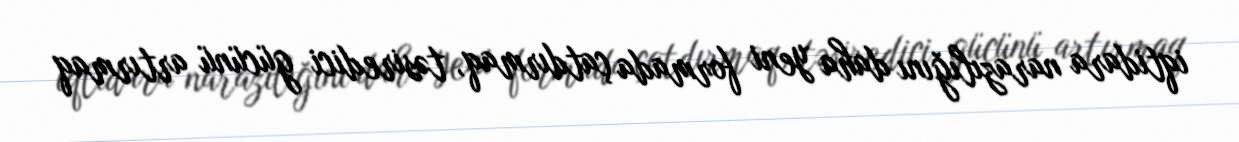
iqtidara narazılığını daha yeni formada çatdırmaq, təsiredici gücünü artırmaq